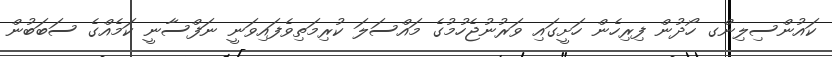
ކައުންސިލިންގ ހޯދުން ފިރިހެން ހަށީގައި ވަރުނުޖެހުމުގެ މައްސަލަ ކުރިމަތިވެފައިވަނީ ނަފްސާނީ ކަމެއްގެ ސަބަބުން